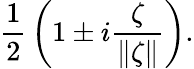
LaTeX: {\frac{1}{2}}\left(1\pm i{\frac{\zeta}{\| \zeta\| }}\right).